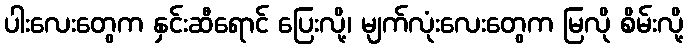
ပါးလေးတွေက နှင်းဆီရောင် ပြေးလို့၊ မျက်လုံးလေးတွေက မြလို စိမ်းလို့